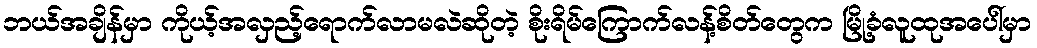
ဘယ်အချိန်မှာ ကိုယ့်အလှည့်ရောက်လာမလဲဆိုတဲ့ စိုးရိမ်ကြောက်လန့်စိတ်တွေက မြို့ခံလူထုအပေါ်မှာ